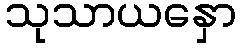
သုသာယနှော